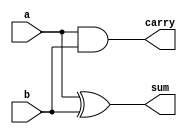
`timescale 1ns / 1ps
//////////////////////////////////////////////////////////////////////////////////
// Company: 
// Engineer: 
// 
// Design Name: 
// Module Name:    half-adeer 
// Project Name: 
// Target Devices: 
// Tool versions: 
// Description: 
//
// Dependencies: 
//
// Revision: 
// Revision 0.01 - File Created
// Additional Comments: 
//
//////////////////////////////////////////////////////////////////////////////////
`timescale 1 ns/10 ps
module halfadder
(
   input a,b,
   output  sum,carry
);

assign sum=a^b;
assign carry=a&b;
endmodule